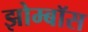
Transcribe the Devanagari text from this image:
झोम्बॉस